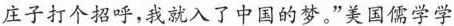
庄子打个招呼,我就入了中国的梦。”美国儒学学